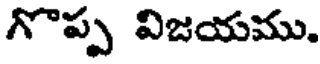
గొప్ప విజయము.